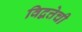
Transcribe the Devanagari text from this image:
विद्वत्तेची